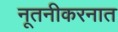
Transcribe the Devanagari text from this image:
नूतनीकरनात